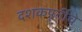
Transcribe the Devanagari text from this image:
दशकपूर्तीचे